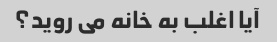
آیا اغلب به خانه می روید؟